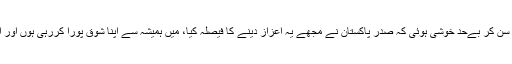
اس حوالے سے مہوش حیات کا ڈان سے بات کرتے ہوئے کہنا تھا کہ ’مجھے یہ خبر سن کر بےحد خوشی ہوئی کہ صدر پاکستان نے مجھے یہ اعزاز دینے کا فیصلہ کیا، میں ہمیشہ سے اپنا شوق پورا کررہی ہوں اور اس پر اس طرح سے اعزاز ملنے کا یہی مطلب ہے کہ میں کچھ اچھا ہی کررہی ہوں‘۔